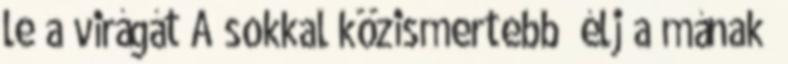
le a virágát A sokkal közismertebb „élj a mának”